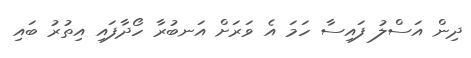
ދިން އަސްލު ފައިސާ ހަމަ އެ ވަރަށް އަނބުރާ ހޯދާފައި އިތުރު ބައި